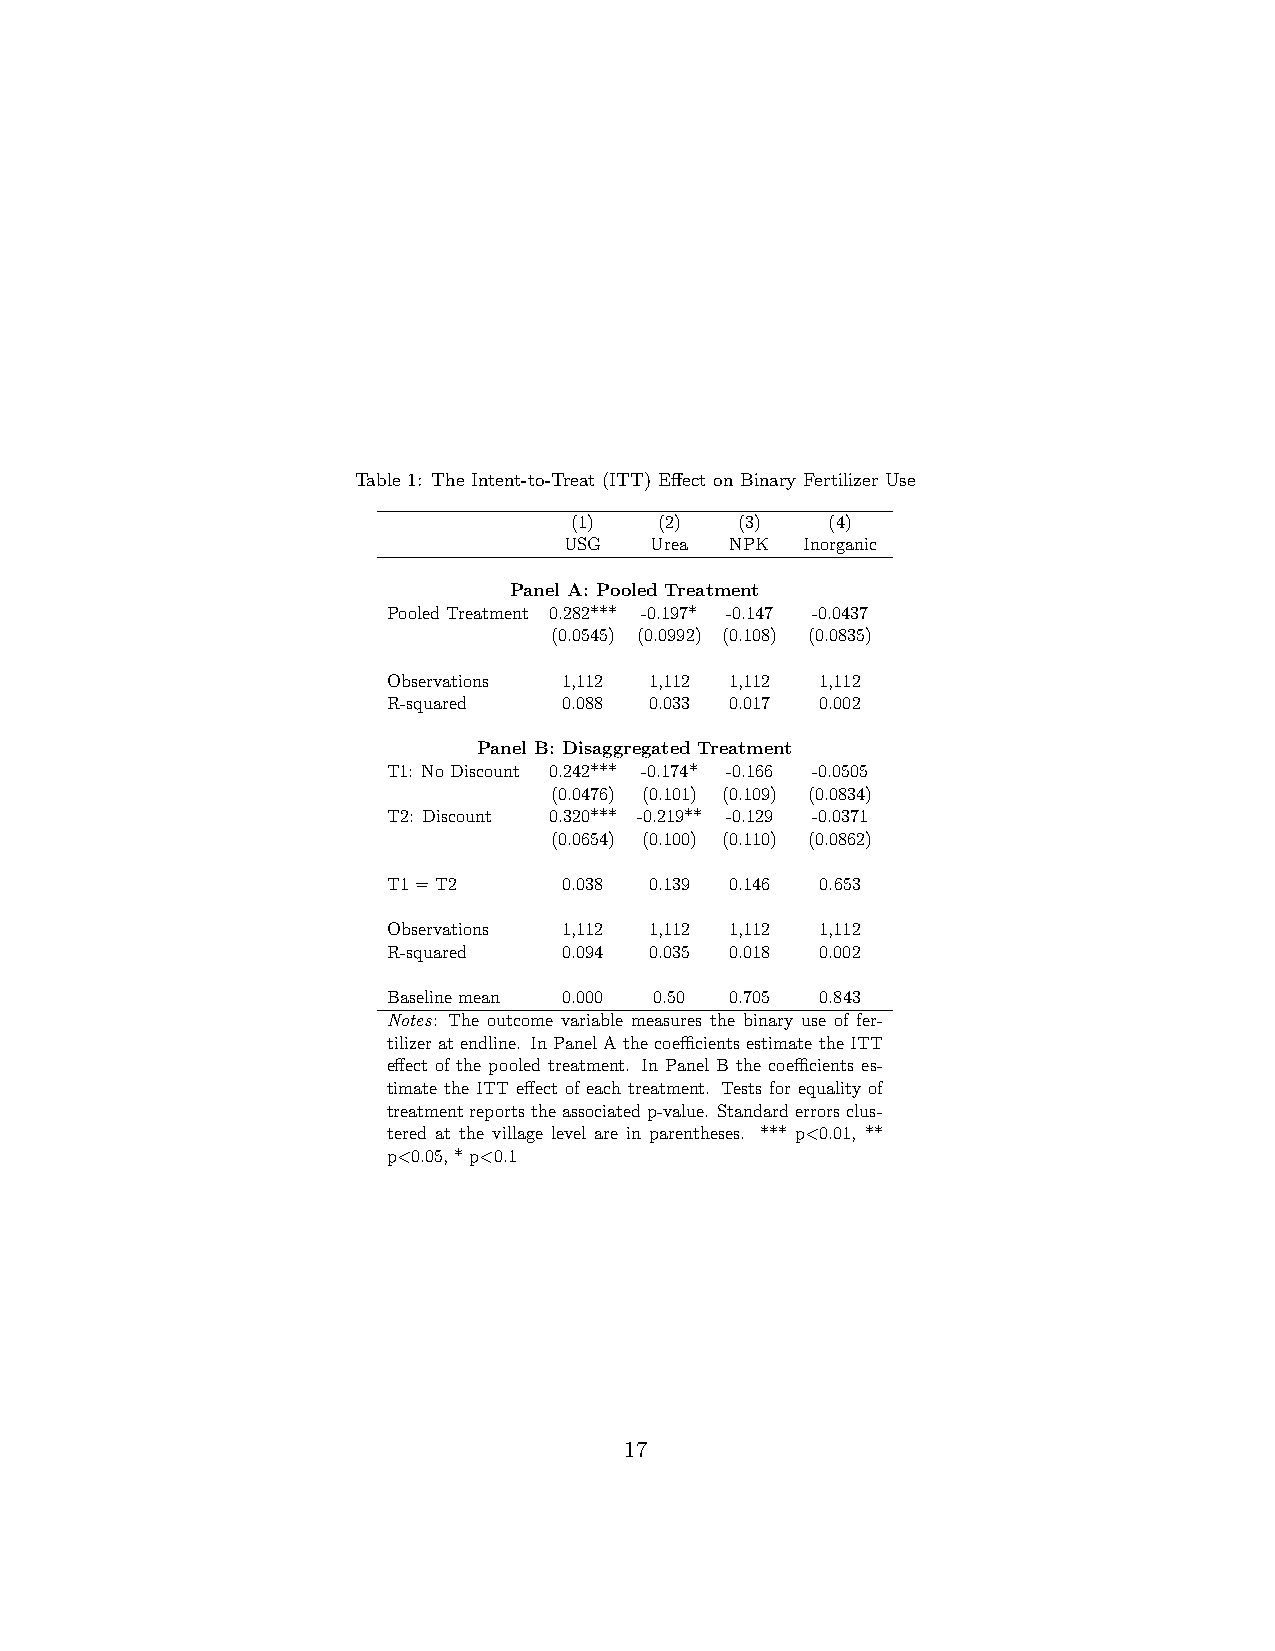
Table 1: The Intent-to-Treat (ITT) Effect on Binary Fertilizer Use
 (1)   (2)  (3)   (4)
 USG   Urea NPK  Inorganic
 Panel A: Pooled Treatment
 PooledTreatment 0.282*** -0.197* -0.147 -0.0437
 (0.0545) (0.0992) (0.108) (0.0835)
 Observations 1,112 1,112 1,112 1,112
 R-squared  0.088 0.033 0.017 0.002
 Panel B: Disaggregated Treatment
 T1: NoDiscount 0.242*** -0.174* -0.166 -0.0505
 (0.0476) (0.101) (0.109) (0.0834)
 T2: Discount 0.320*** -0.219** -0.129 -0.0371
 (0.0654) (0.100) (0.110) (0.0862)
 T1=T2      0.038 0.139 0.146 0.653
 Observations 1,112 1,112 1,112 1,112
 R-squared  0.094 0.035 0.018 0.002
 Baselinemean 0.000 0.50 0.705 0.843
 Notes: The outcome variable measures the binary use of fer-
 tilizeratendline. InPanelAthecoefficientsestimatetheITT
 effect of the pooled treatment. In Panel B the coefficients es-
 timate the ITT effect of each treatment. Tests for equality of
 treatmentreportstheassociatedp-value. Standarderrorsclus-
 tered at the village level are in parentheses. *** p<0.01, **
 p<0.05,*p<0.1
 17